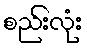
စည်းလုံး